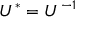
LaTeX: U ^ { * } = U ^ { - 1 }